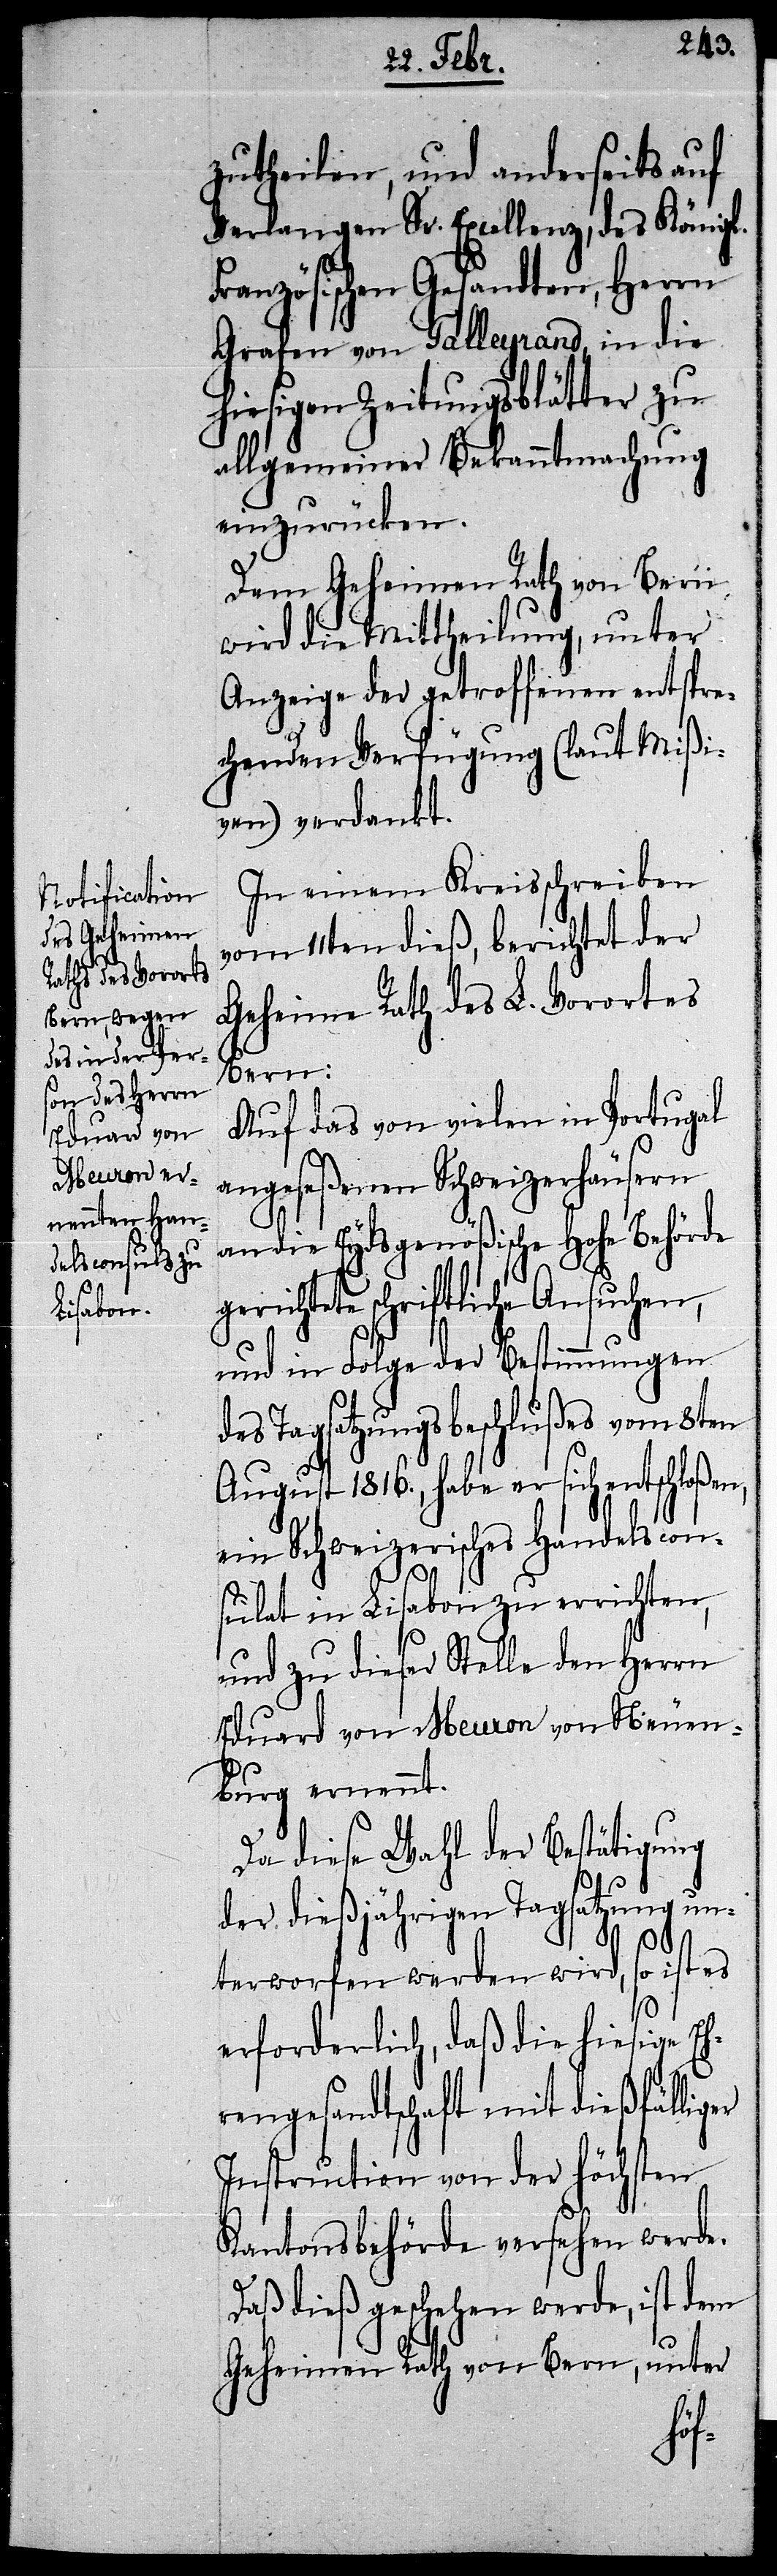
zutheilen, und anderseits auf
Verlangen Sr. Excellenz, des Königl.
Französischen Gesandten, Herrn
Grafen von Talleyrand, in die
hiesigen Zeitungsblätter zu
allgemeiner Bekanntmachung
einzurücken.
Dem Geheimen Rath von Bern
wird die Mittheilung, unter
Anzeige der getroffenen entspre¬
chenden Verfügung (laut Mißi¬
ven) verdankt.
In einem Kreisschreiben
vom 11ten dieß, berichtet der
Geheime Rath des L. Vorortes
Bern:
Auf das von vielen in Portugal
angeseßenen Schweizerhäusern
an die Eydsgenößische Hohe Behörde
gerichtete schriftliche Ansuchen,
und in Folge der Bestimmungen
des Tagsatzungsbeschlußes vom 8ten
August 1816., habe er sich entschloße¬
ein Schweizerisches Handelscon¬
sulat in Lisabon zu errichten,
und zu dieser Stelle den Herrn
Eduard von Meuron von Neuen¬
burg ernennt.
Da diese Wahl der Bestätigung
der dießjährigen Tagsatzung un¬
terworfen werden wird, so ist es
erforderlich, daß die hiesige Eh¬
rengesandtschaft mit dießfällig¬
Instruction von der höchsten
Kantonsbehörde versehen werde.
Daß dieß geschehen werde, ist dem
Geheimen Rath von Bern, unter
er